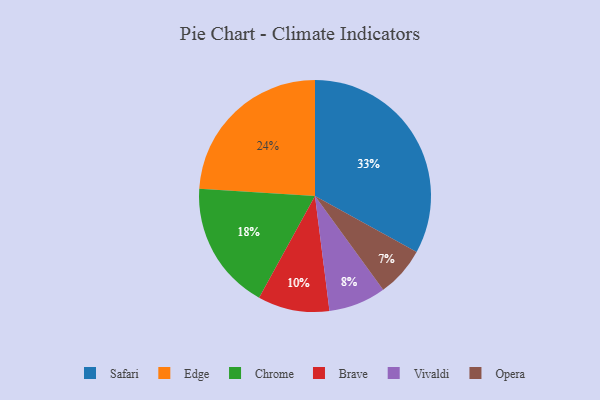
{"axis": {"x": "Category", "y": "Percentage"}, "legend": ["Brave", "Chrome", "Edge", "Opera", "Safari", "Vivaldi"], "data": [{"x": "Brave", "y": 10, "type": "Brave"}, {"x": "Opera", "y": 7, "type": "Opera"}, {"x": "Vivaldi", "y": 8, "type": "Vivaldi"}, {"x": "Edge", "y": 24, "type": "Edge"}, {"x": "Chrome", "y": 18, "type": "Chrome"}, {"x": "Safari", "y": 33, "type": "Safari"}]}